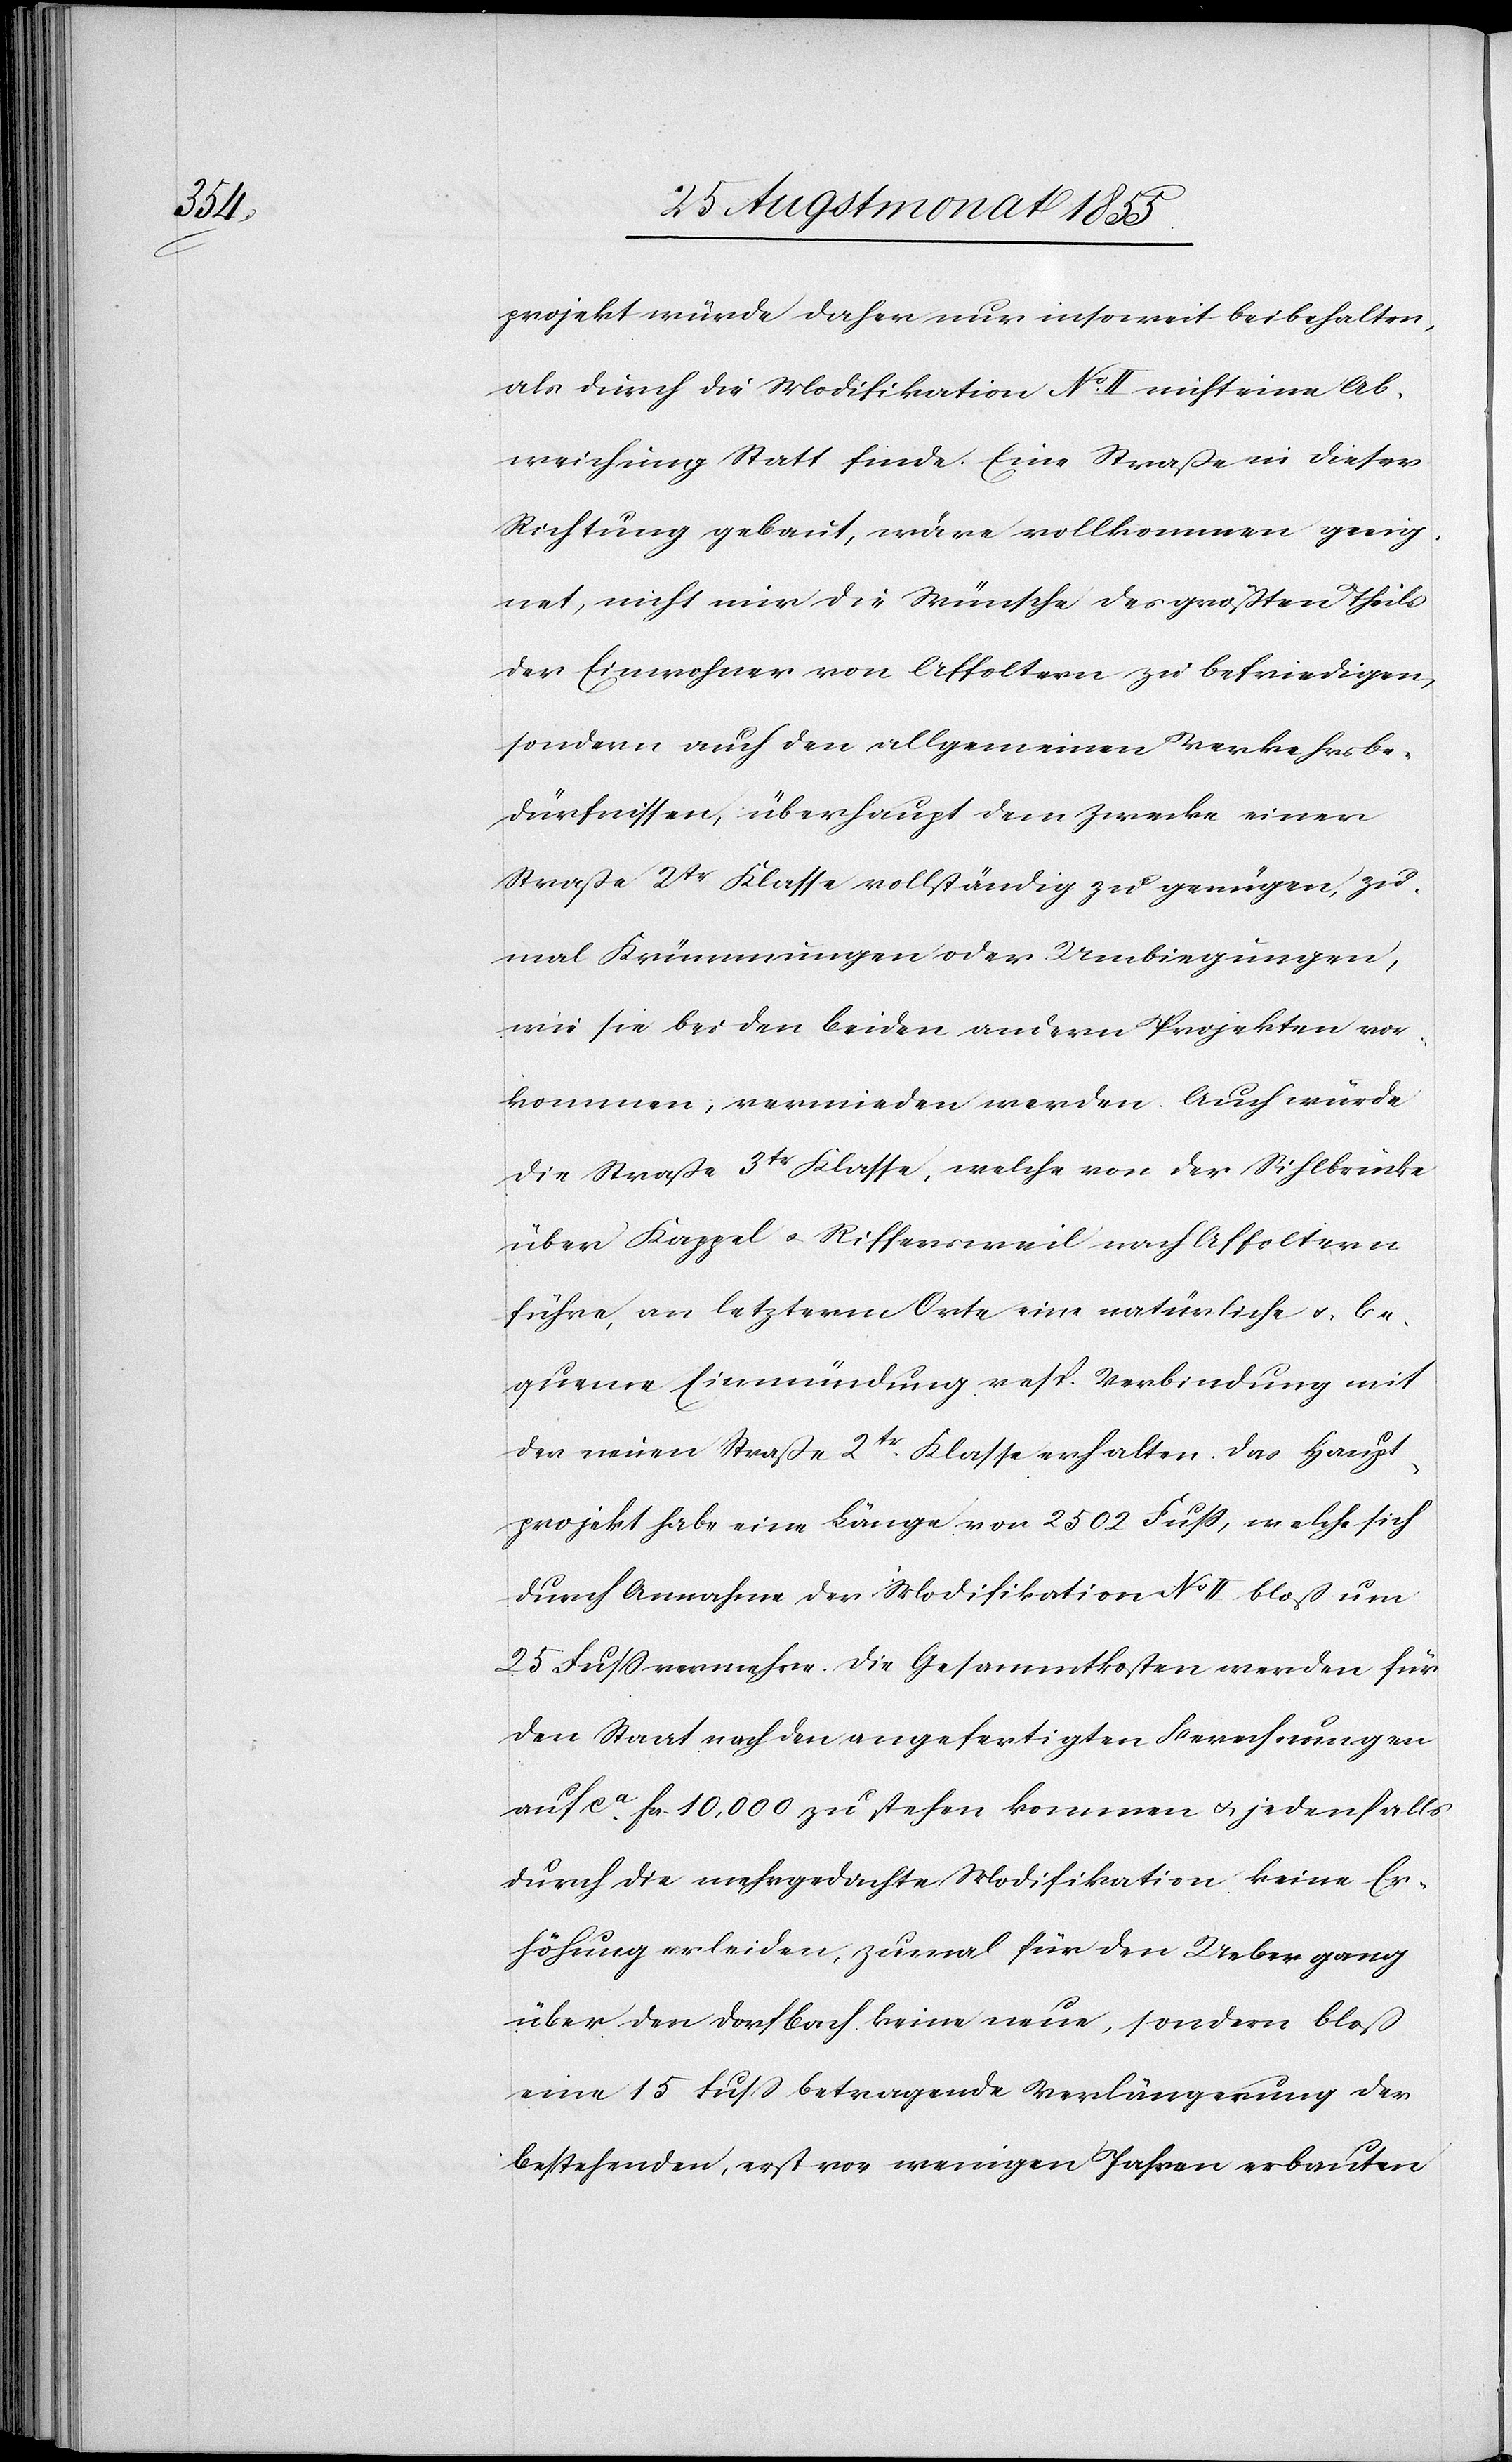
projekt würde daher nur insoweit beibehalten,
als durch die Modifikation No. II nicht eine Ab¬
weichung Statt finde. Eine Straße in dieser
Richtung gebaut, wäre vollkommen geeig¬
net, nicht nur die Wünsche des größten Theils
der Einwohner von Affoltern zu befriedigen,
sondern auch den allgemeinen Verkehrsbe¬
dürfnissen, überhaupt dem Zwecke einer
Straße 2tr Klasse vollständig zu genügen, zu¬
mal Krümmungen oder Umbiegungen,
wie sie bei den beiden andern Projekten vor¬
kommen, vermieden werden. Auch würde
die Straße 3tr Klasse, welche von der Sihlbrücke
über Kappel & Riffersweil nach Affoltern
führe, an letzterm Orte eine natürliche & be¬
queme Einmündung resp. Verbindung mit
der neuen Straße 2tr. Klasse erhalten. Das Haupt¬
projekt habe eine Länge von 2502 Fuss, welche sich
durch Annahme der Modifikation No II bloß um
25 Fuss vermehre. Die Gesammtkosten werden für
den Staat nach den angefertigten Berechnungen
auf ca. Fcs. 10,000 zu stehen kommen & jedenfalls
durch die mehrgedachte Modifikation keine Er¬
höhung erleiden, zumal für den Uebergang
über den Dorfbach keine neue, sondern bloß
eine 15 Fuss betragende Verlängerung der
bestehenden, erst vor wenigen Jahren erbauten